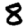
Digit: 8